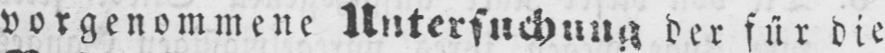
vorgenommene Untersuchung der für die